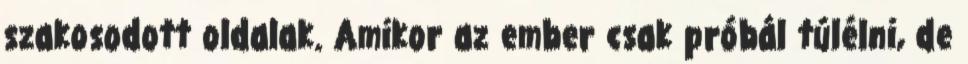
szakosodott oldalak. Amikor az ember csak próbál túlélni, de